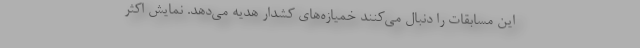
این مسابقات را دنبال می‌کنند خمیازه‌های کشدار هدیه می‌دهد. نمایش اکثر